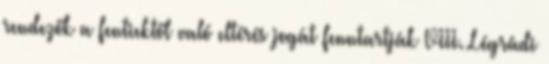
rendezők a fentiektől való eltérés jogát fenntartják VIII. Légrádi